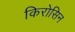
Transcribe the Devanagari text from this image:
किरोसिन